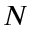
N